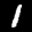
Label: 1